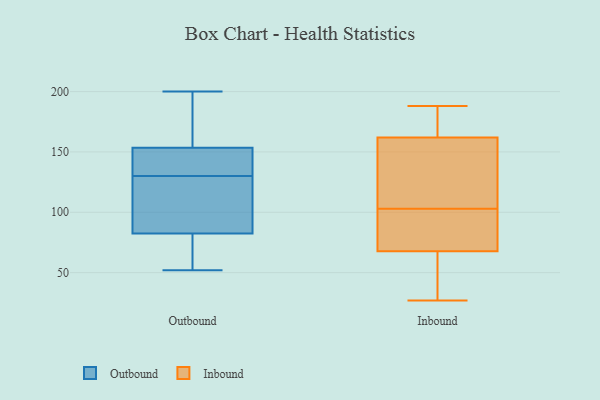
{"axis": {"x": "Backlog", "y": "Value"}, "legend": ["Inbound", "Outbound"], "data": [{"x": "", "y": 149, "type": "Outbound"}, {"x": "", "y": 155, "type": "Outbound"}, {"x": "", "y": 52, "type": "Outbound"}, {"x": "", "y": 84, "type": "Outbound"}, {"x": "", "y": 140, "type": "Outbound"}, {"x": "", "y": 88, "type": "Outbound"}, {"x": "", "y": 81, "type": "Outbound"}, {"x": "", "y": 78, "type": "Outbound"}, {"x": "", "y": 197, "type": "Outbound"}, {"x": "", "y": 95, "type": "Outbound"}, {"x": "", "y": 134, "type": "Outbound"}, {"x": "", "y": 152, "type": "Outbound"}, {"x": "", "y": 189, "type": "Outbound"}, {"x": "", "y": 70, "type": "Outbound"}, {"x": "", "y": 108, "type": "Outbound"}, {"x": "", "y": 126, "type": "Outbound"}, {"x": "", "y": 200, "type": "Outbound"}, {"x": "", "y": 162, "type": "Outbound"}, {"x": "", "y": 73, "type": "Outbound"}, {"x": "", "y": 139, "type": "Outbound"}, {"x": "", "y": 133, "type": "Inbound"}, {"x": "", "y": 188, "type": "Inbound"}, {"x": "", "y": 45, "type": "Inbound"}, {"x": "", "y": 69, "type": "Inbound"}, {"x": "", "y": 179, "type": "Inbound"}, {"x": "", "y": 81, "type": "Inbound"}, {"x": "", "y": 82, "type": "Inbound"}, {"x": "", "y": 177, "type": "Inbound"}, {"x": "", "y": 123, "type": "Inbound"}, {"x": "", "y": 27, "type": "Inbound"}, {"x": "", "y": 103, "type": "Inbound"}, {"x": "", "y": 64, "type": "Inbound"}, {"x": "", "y": 157, "type": "Inbound"}]}